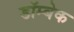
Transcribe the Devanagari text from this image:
डॉम्बेक